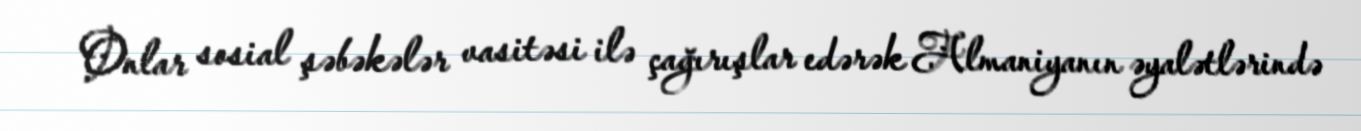
Onlar sosial şəbəkələr vasitəsi ilə çağırışlar edərək Almaniyanın əyalətlərində